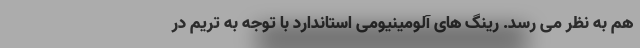
هم به نظر می رسد. رینگ های آلومینیومی استاندارد با توجه به تریم در